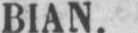
BIAN.